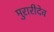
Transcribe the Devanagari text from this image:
मुरारीदेव